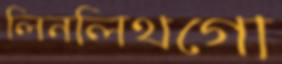
লিনলিথগো